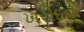
ખરીદવો